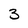
Character: 3